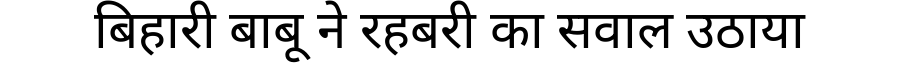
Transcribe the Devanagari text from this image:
बिहारी बाबू ने रहबरी का सवाल उठाया